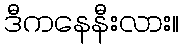
ဒီကနေနီးလား။